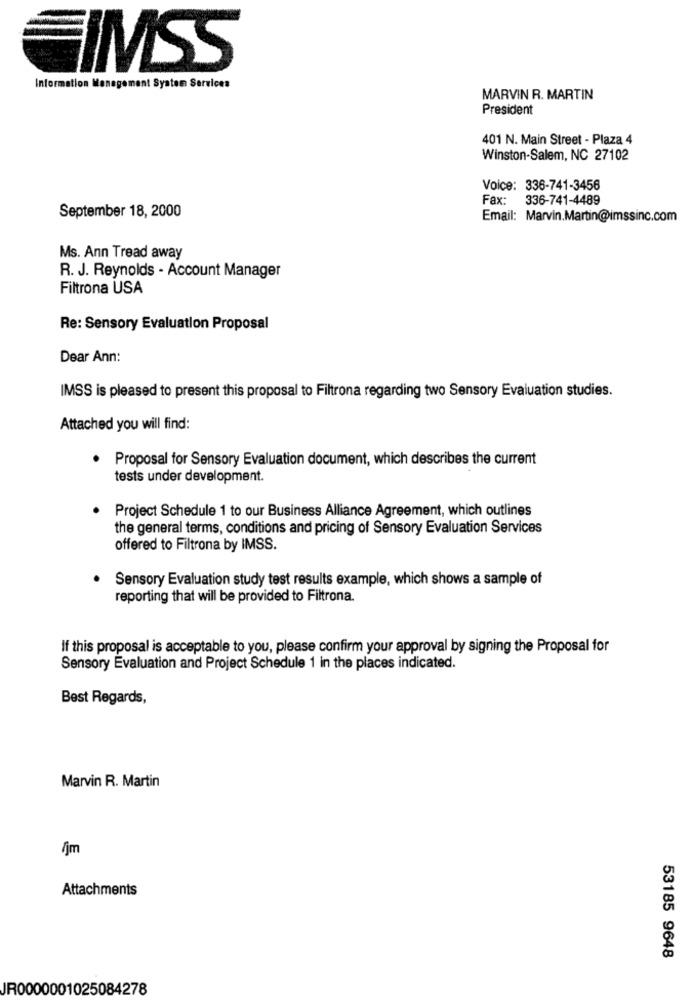
IMSS
Information Management System Services
MARVIN R. MARTIN
President
401 N. Main Street - Plaza 4
Winston-Salem, NC 27102
Voice: 336-741-3456
Fax:
336-741-4489
September 18, 2000
Email: Marvin.Martin@imssinc.com
Ms. Ann Tread away
R. J. Reynolds - Account Manager
Filtrona USA
Re: Sensory Evaluation Proposal
Dear Ann:
IMSS is pleased to present this proposal to Filtrona regarding two Sensory Evaluation studies.
Attached you will find:
Proposal for Sensory Evaluation document, which describes the current
tests under development.
Project Schedule 1 to our Business Alliance Agreement, which outlines
the general terms, conditions and pricing of Sensory Evaluation Services
offered to Filtrona by IMSS.
Sensory Evaluation study test results example, which shows a sample of
reporting that will be provided to Filtrona.
If this proposal is acceptable to you, please confirm your approval by signing the Proposal for
Sensory Evaluation and Project Schedule 1 in the places indicated.
Best Regards,
Marvin R. Martin
/jm
Attachments
53185 9648
JR0000001025084278